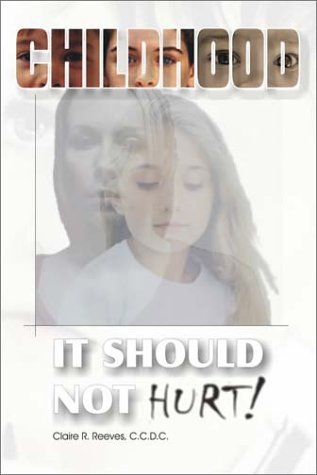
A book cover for ChildHood: It Should Not Hurt; Claire R. Reeves; Law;